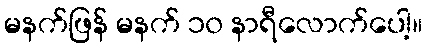
မနက်ဖြန် မနက် ၁၀ နာရီလောက်ပေါ့။